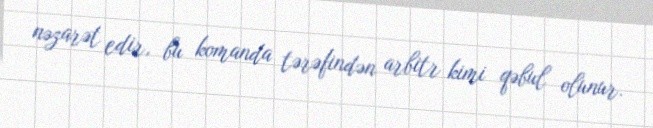
nəzarət edir, bu komanda tərəfindən arbitr kimi qəbul olunur.